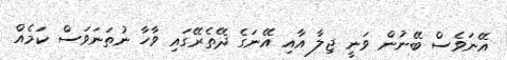
އޭނަވެސް ބޭނުން ވަނީ ޖިލާ އާއި އޭނަގެ ދޭތެރޭގައި ވާހާ ނުތަނަވަސް ކަމެއް